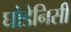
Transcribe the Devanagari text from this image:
घोडेनिसीं